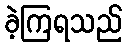
ခဲ့ကြရသည်